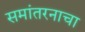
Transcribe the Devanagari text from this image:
समांतरनाचा